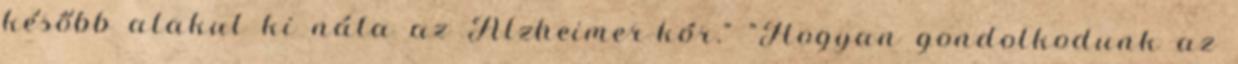
később alakul ki nála az Alzheimer-kór." "Hogyan gondolkodunk az